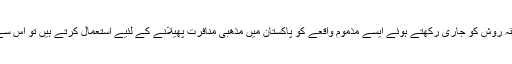
اگر پھر بھی قادیانی سابقہ روش کو جاری رکھتے ہوئے ایسے مذموم واقعے کو پاکستان میں مذھبی منافرت پھیلانے کے لئیے استعمال کرتے ہیں تو اس سے مزید خرابی پیدا ہوگی۔